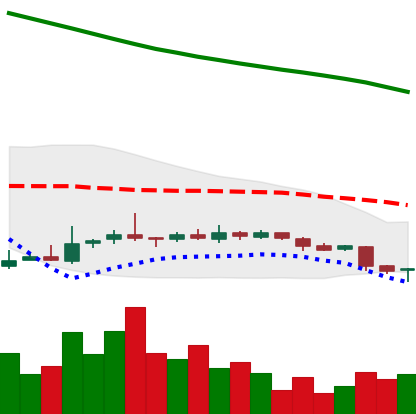
Ticker: NEO-USD
Chart end date: 2018-10-31
Forward return: 6.445%
Label: up_5_7